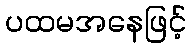
ပထမအနေဖြင့်